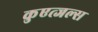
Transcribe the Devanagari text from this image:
कुएत्जल्स